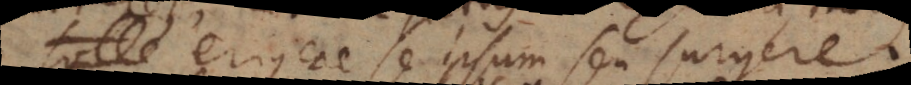
tollere, erigere se ipsum seu surgere.